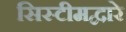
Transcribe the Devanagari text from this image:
सिस्टीमद्वारे